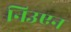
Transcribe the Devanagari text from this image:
निउएन